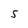
Character: S